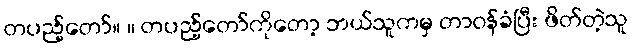
တပည့်တော်။ ။ တပည့်တော်ကိုတော့ ဘယ်သူကမှ တာဝန်ခံပြီး ဖိတ်တဲ့သူ